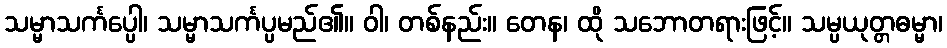
သမ္မာသင်္ကပ္ပေါ၊ သမ္မာသင်္ကပ္ပမည်၏။ ဝါ၊ တစ်နည်း။ တေန၊ ထို သဘောတရားဖြင့်။ သမ္ပယုတ္တဓမ္မာ၊